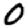
Digit: 0